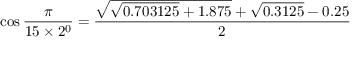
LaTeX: \cos { \frac { \pi } { 1 5 \times 2 ^ { 0 } } } = { \frac { { \sqrt { { \sqrt { 0 . 7 0 3 1 2 5 } } + 1 . 8 7 5 } } + { \sqrt { 0 . 3 1 2 5 } } - 0 . 2 5 } { 2 } }